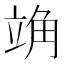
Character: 𫁣